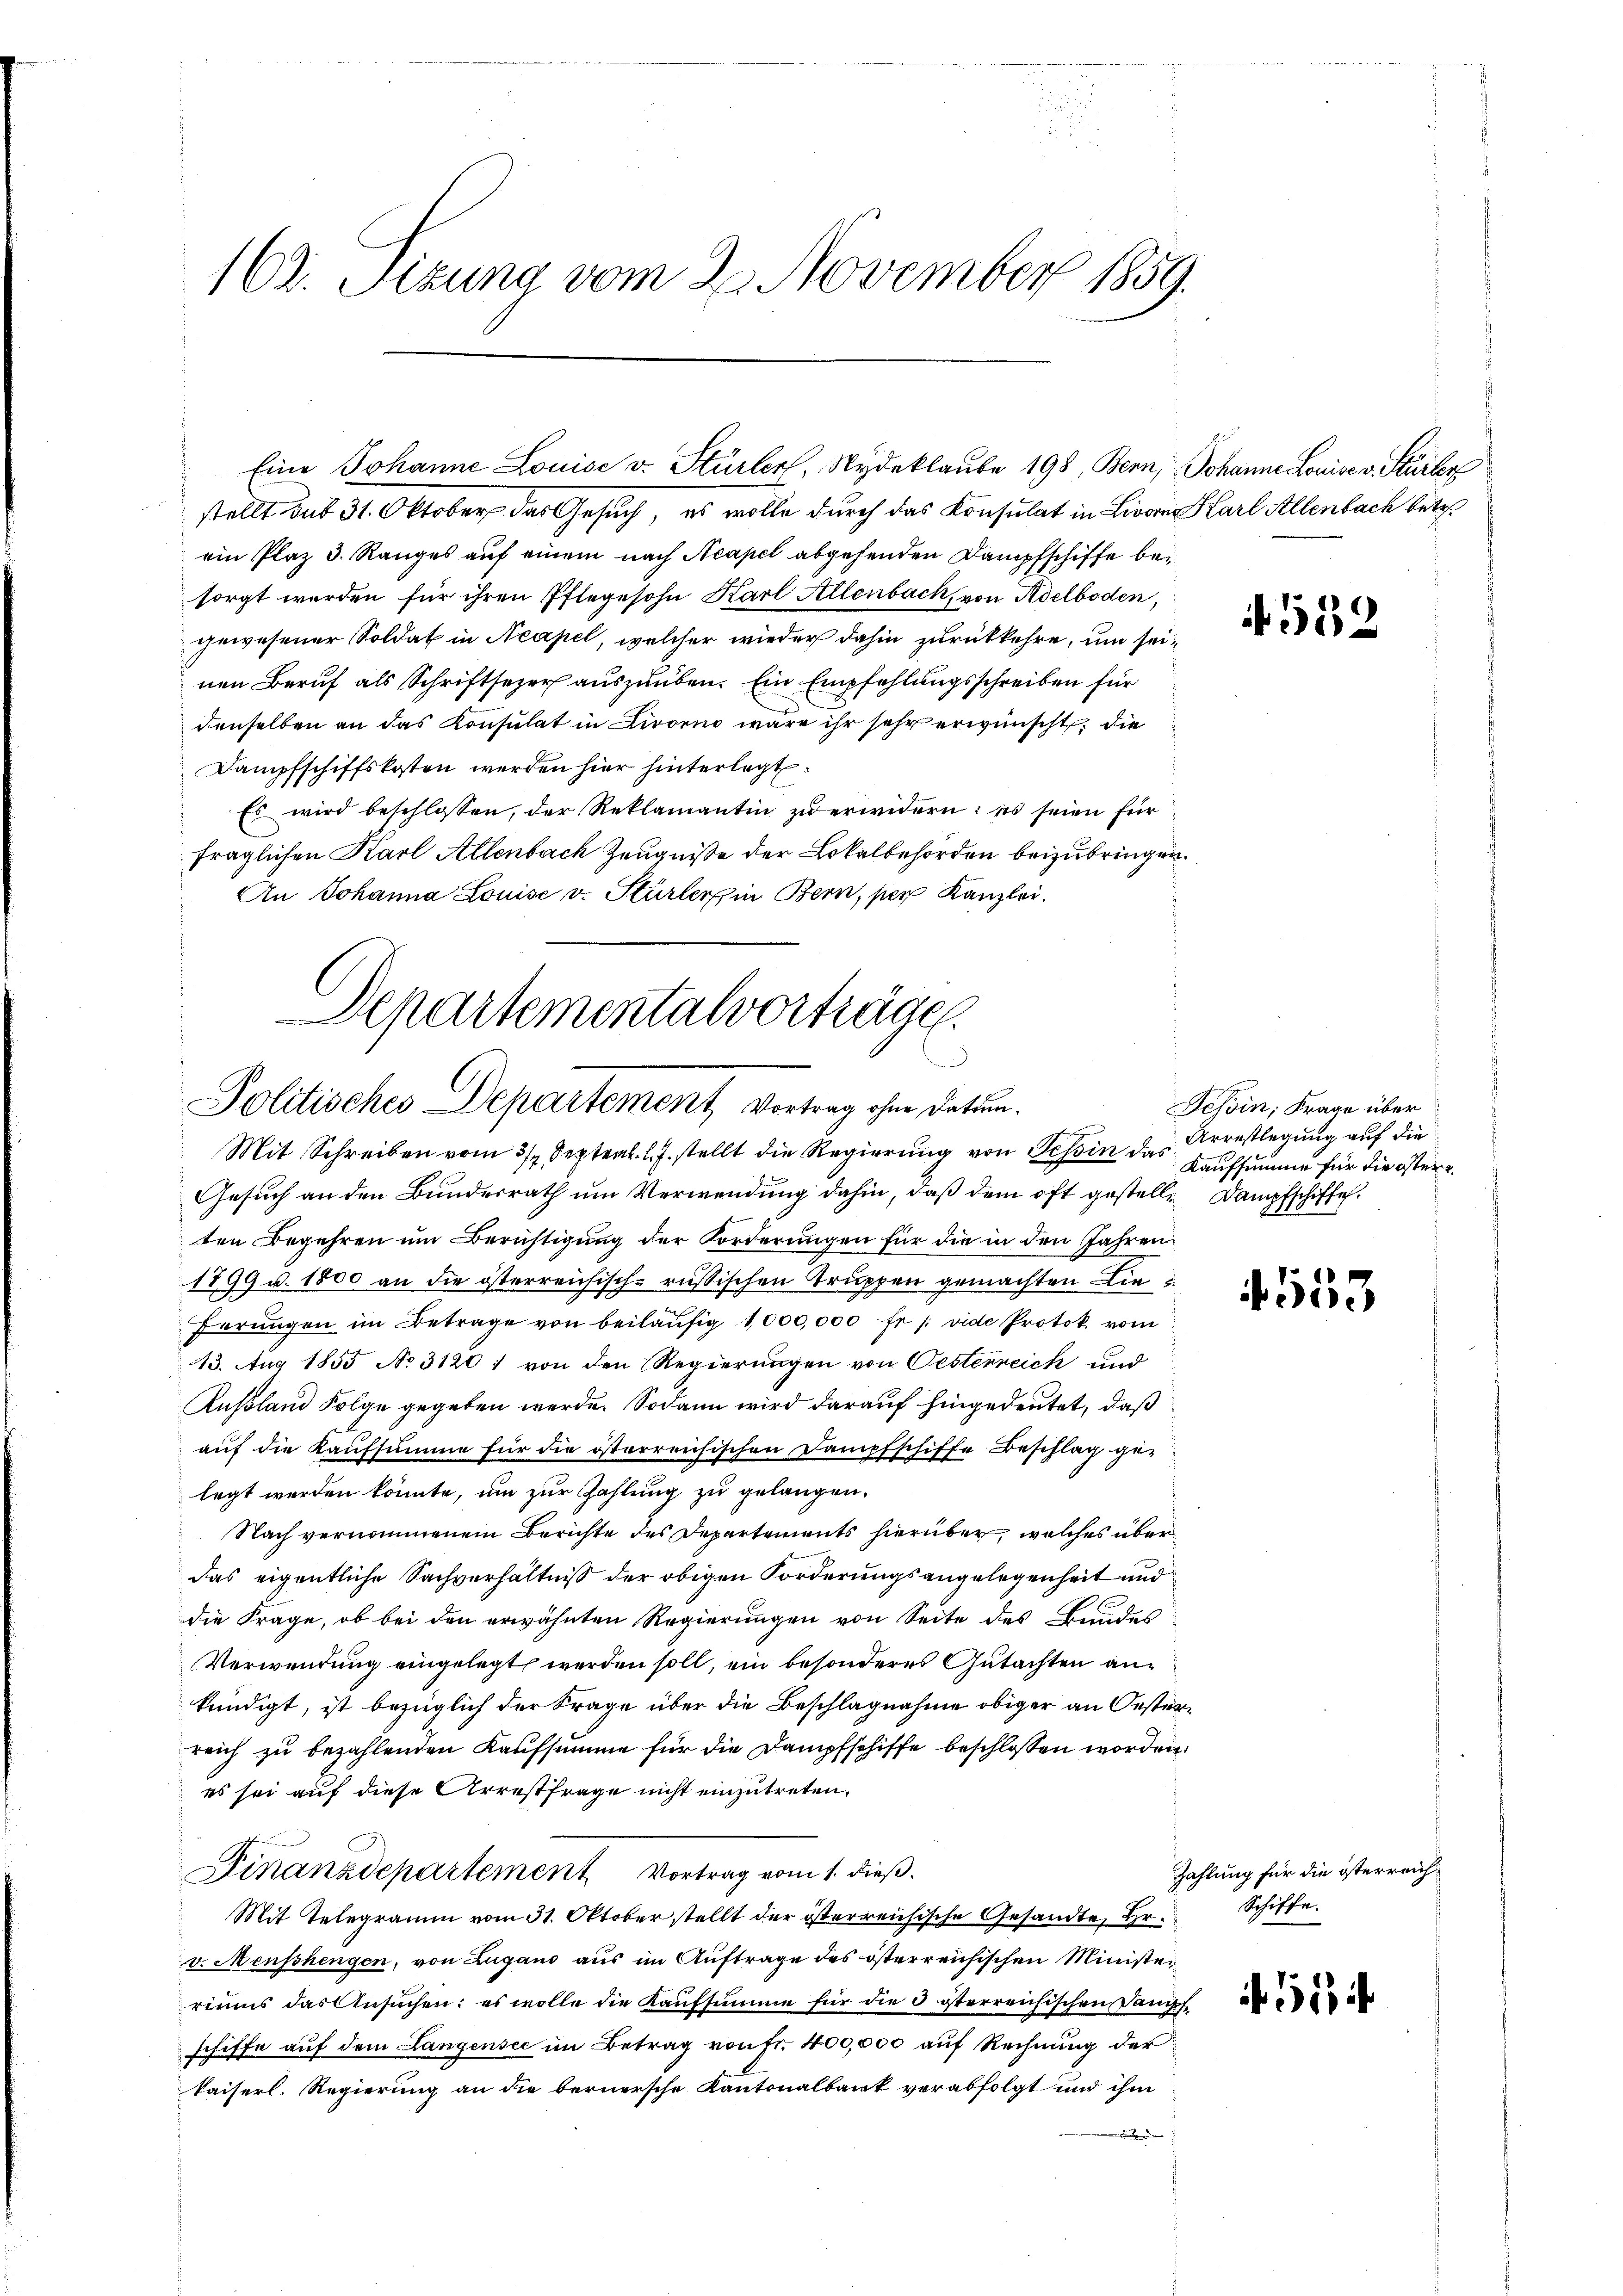
162. Sizung vom 20. November 1859.

stellt aus 31. Oktober das Gesuch, es wolle durch das Konsulat in Livorn Karl Allenbach betr.
ein Plaz 3. Ranges auf einem nach Neapel abgehenden Dampfschiffe besorgt werden für ihren Pflegesohn Karl Allenbach, von Adelboden,
gewesener Soldat in Neapel, welcher wieder dahin zurückkehre, um seinen Beruf als Schriftsezer auszuüben. Ein Empfehlungsschreiben für
denselben an das Konsulat in Livorno wäre ihr sehr erwünscht, die
Dampfschiffskosten werden hier hinterlegt:
Es wird beschlossen, der Reklamantin zu erwidern: es seien für
fraglichen Karl Allenbach Zeugniße der Lokalbehörden beizubringen.
An Johanna Louise v. Stürlerin Bern, per Kanzlei.
Mit Schreiben vom 3/4 Septer l. J. stellt die Regierung von Tessin das Kaufsumme für die östere
Gesuch an den Bundesrath um Verwendung dahin, daß dem oft gestelle Dampfschiffeten Begehren um Berichtigung der Forderungen für die in den Jahren
1899 u. 1800 an die österreichisch-russischen Truppen gemachten Lieförmigen im Betrage von beiläufig 1000,000 fr /: vide Protok vom
13. Aug 1855 No 31201 von den Regierungen von Oesterreich und
Außland Folge gegeben werde. Sodann wird darauf hingedeutet, daß
auf die Kaufsumme für die österreichischen Dampfschiffe Beschlag ge-
legt werden könnte, um zur Zahlung zu gelangen.
Nach vernommenem Berichte des Departements hierüber, welches überdas eigentliche Sachverhältniß der obigen Forderungsangelegenheit und
die Frage, ob bei den erwähnten Regierungen von Seite des Bundes
Verwendung eingelegt werden soll, ein besonderes Gutachten ankündigt, ist bezüglich der Frage über die Beschlagnahme obiger an Oesterreich zu bezahlenden Kaufsumme für die Dampfschiffe beschlossen worden.
es sei auf diese Arrestfrage nicht einzutreten.
Finanzdepartement Vortrag vom 1. dieß.
Mit Telegramm vom 31. Oktober stellt der österreichische Gesandte, Hr.
v. Menschengen, von Zugano aus im Auftrage des österreichischen Minister
riums das Ansuchen: es wolle die Kaufsumme für die 3 sterreichischen Dampf
schiffe aŭf dem Langensee im Betrag von Fr. 400,000 auf Rechnung der
kaiserl. Regierung an die bernersche Kantonalbank verabfolgt und ihm

Eine Johanne Louise v. Stürler, Nydeklaube 198, Bern, Johanne Louise v. Stürler

Departementalvorträgen.

Politisches Departement Vortrag ohne Datum.

552

Jehoin; Frage über
Arrestlegung auf die

4553

Zahlung für die österreich¬
Schiffe.

5